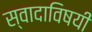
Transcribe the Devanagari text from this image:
स्वादाविषयीं